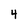
Character: 4